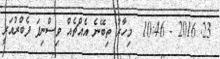
23